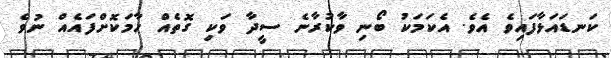
ކަނޑައަޅާފައިވެ އެވެ. އެކަމަކު ބޯނި ވާކުރާނެ ސީދާ ވަކި ގޮތެއް ހާމަކޮށްފައެއް ނުވެ